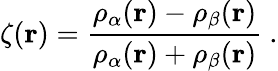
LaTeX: \zeta(\mathbf{r})={\frac{\rho_{\alpha}(\mathbf{r})-\rho_{\beta}(\mathbf{r})}{\rho_{\alpha}(\mathbf{r})+\rho_{\beta}(\mathbf{r})}}\ .